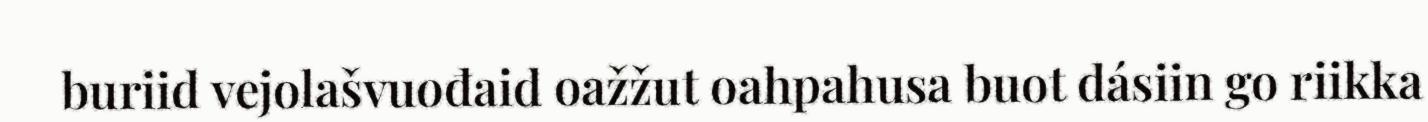
buriid vejolašvuođaid oažžut oahpahusa buot dásiin go riikka